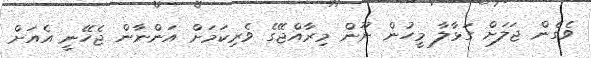
ވެގެން ޖަލަށް ގަޅާލާ މީހުން ނޫން މިރާއްޖޭގެ ވެރިކަމަށް އަންނާން ޖެހޭނީ އެއަށް